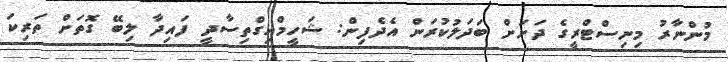
މުންނާރު މިނިސްޓްރީގެ ދަށަށް ބަދަލުކުރަން އެދެފިން: ޝަހީމްއިގްތިސާދީ ފައިދާ ލިބޭ ގޮތަށް ތަރިކަ